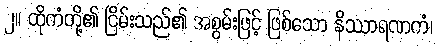
၂။ ထိုကံတို့၏ ငြိမ်းသည်၏ အစွမ်းဖြင့် ဖြစ်သော နိဿာရဏကံ၊